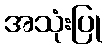
အသုံးပြု